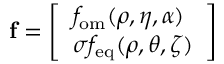
\mathbf { f } = \left[ \begin{array} { l } { f _ { \mathrm { o m } } ( \rho , \eta , \alpha ) } \\ { \sigma f _ { \mathrm { e q } } ( \rho , \theta , \zeta ) } \end{array} \right]